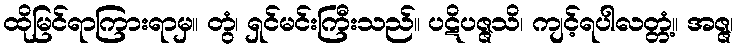
ထိုမြင်ရာကြားရာမှ။ တွံ၊ ရှင်မင်းကြီးသည်။ ပဋိပဇ္ဇသိ၊ ကျင့်ရပါလတ္တံ့။ အဇ္ဇ၊